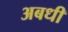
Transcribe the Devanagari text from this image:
अबधी